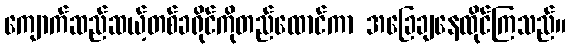
ကျောက်ဆည်ဆယ့်တစ်ခရိုင်ကိုတည်ထောင်ကာ အခြေချနေထိုင်ကြသည်။